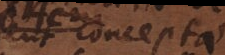
Male conceptae